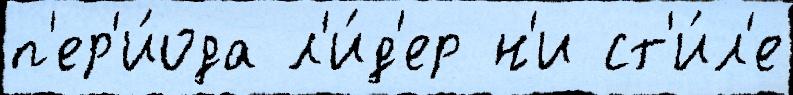
п'ер'и́ода л'и́д'ер н'и ст'и́л'е